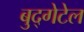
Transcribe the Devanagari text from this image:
बुद्गेटेल